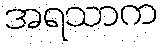
အရသာက